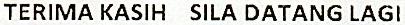
TERIMA KASIH SILA DATANG LAGI